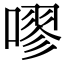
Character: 嘐